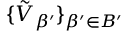
\{ \tilde { V } _ { \beta ^ { \prime } } \} _ { \beta ^ { \prime } \in B ^ { \prime } }